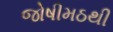
જોષીમઠથી